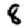
Digit: 8